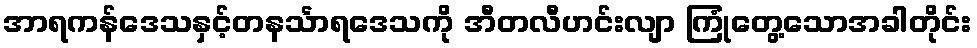
အာရကန်ဒေသနှင့်တနင်္သာရဒေသကို အီတလီဟင်းလျာ ကြုံတွေ့သောအခါတိုင်း